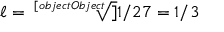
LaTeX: \ell = { \sqrt [ [object Object] ] { 1 / 2 7 } } = 1 / 3